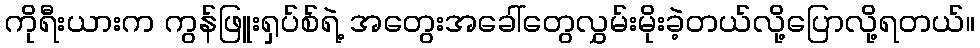
ကိုရီးယားက ကွန်ဖြူးရှပ်စ်ရဲ့ အတွေးအခေါ်တွေလွှမ်းမိုးခဲ့တယ်လို့ပြောလို့ရတယ်။